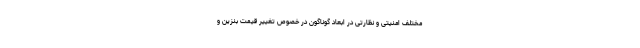
مختلف امنیتی و نظارتی در ابعاد گوناگون در خصوص تغییر قیمت بنزین و